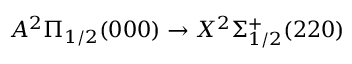
A ^ { 2 } \Pi _ { 1 / 2 } ( 0 0 0 ) \rightarrow X ^ { 2 } \Sigma _ { 1 / 2 } ^ { + } ( 2 2 0 )